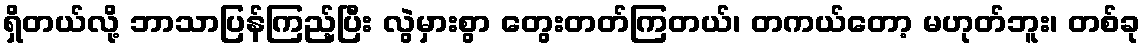
ရှိတယ်လို့ ဘာသာပြန်ကြည့်ပြီး လွဲမှားစွာ တွေးတတ်ကြတယ်၊ တကယ်တော့ မဟုတ်ဘူး၊ တစ်ခု